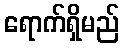
ရောက်ရှိမည်